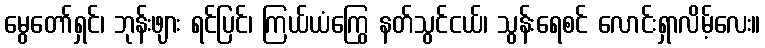
မွေတော်ရှင်၊ ဘုန်းဖျား ရင်ပြင်၊ ကြယ်ယံကြွေ နတ်သွင်ငယ်၊ သွန်းရေစင် လောင်းရှာလိမ့်လေး။